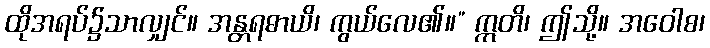
ထိုအရပ်၌သာလျှင်။ အန္တရဓာယိ၊ ကွယ်လေ၏။” ဣတိ၊ ဤသို့။ အဝေါစ၊